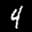
Label: 4